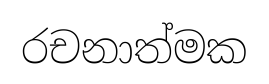
රචනාත්මක